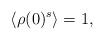
LaTeX: \begin{align*}\langle\rho(0)^s\rangle = 1,\end{align*}